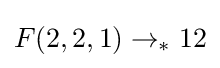
F(2,2,1)\rightarrow _{*}12